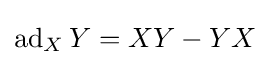
\operatorname {ad} _{X}Y=XY-YX